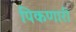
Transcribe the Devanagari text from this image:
पिकणारी